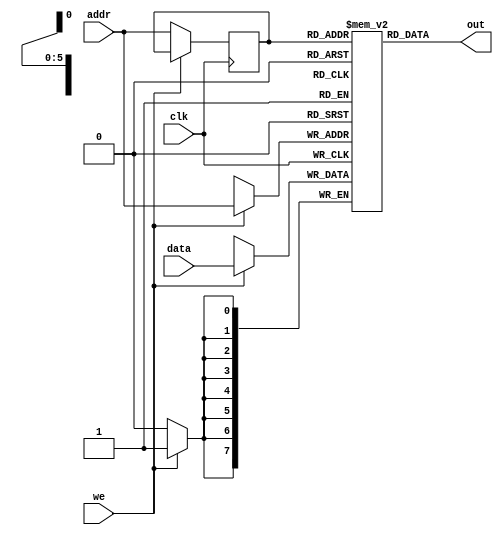
`timescale 1ns / 1ps
//////////////////////////////////////////////////////////////////////////////////
// Company: 
// Engineer: 
// 
// Design Name: 
// Module Name: sram
// Project Name: 
// Target Devices: 
// Tool Versions: 
// Description: 
// 
// Dependencies: 
// 
// Revision:
// Revision 0.01 - File Created
// Additional Comments:
// 
//////////////////////////////////////////////////////////////////////////////////


module sram#(parameter addr_width = 6,
parameter data_width = 8,
parameter depth = 64)
    (
        input we,clk,
        input [data_width-1:0] data,
        input [addr_width-1:0] addr,
        output [data_width-1:0] out
    );
    
    reg [data_width-1:0] ram [depth-1:0];
    reg [addr_width-1:0] addr_reg;
    
    always @(posedge clk)
    begin
    if(we)
        ram[addr] <= data;
    else
        addr_reg <= addr;
    end
    assign out = ram [addr_reg];

endmodule